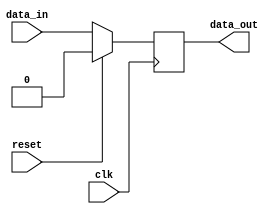
module IO_Buffer (
    input wire clk,
    input wire reset,
    input wire data_in,
    output reg data_out
);

reg buffer_data;

always @(posedge clk) begin
    if (reset) begin
        buffer_data <= 1'b0;
    end else begin
        buffer_data <= data_in;
    end
end

// Add clock gating logic here

assign data_out = buffer_data;

endmodule